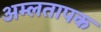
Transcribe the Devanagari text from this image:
अम्लतापक